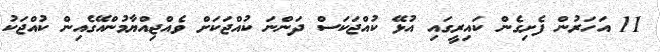
11 އަހަރުން ފެށިގެން ކައިރީގައި އުޅޭ ކުއްޖަކަސް ދަންނަ ކުއްޖަކަށް ވެއްޖިއްޔާމުންއޭގެއިން ކުއްޖަކު